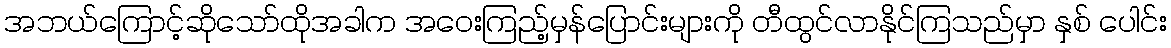
အဘယ်ကြောင့်ဆိုသော်ထိုအခါက အဝေးကြည့်မှန်ပြောင်းများကို တီထွင်လာနိုင်ကြသည်မှာ နှစ် ပေါင်း